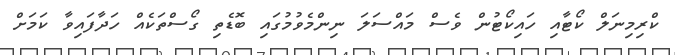
ކްރިމިނަލް ކޯޓާއި ހައިކޯޓުން ވެސް މައްސަލަ ނިންމެވުމުގައި ބޮޑެތި ގޯސްތަކެއް ހަދާފައިވާ ކަމަށް